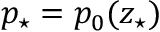
p _ { \star } = p _ { 0 } ( z _ { \star } )